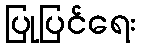
ပြုပြင်ရေး